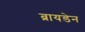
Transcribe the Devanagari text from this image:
ब्रायडेन